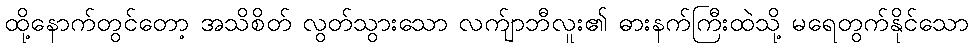
ထို့နောက်တွင်တော့ အသိစိတ် လွတ်သွားသော လက်ျာဘီလူး၏ ဓားနက်ကြီးထဲသို့ မရေတွက်နိုင်သော